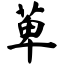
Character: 萆